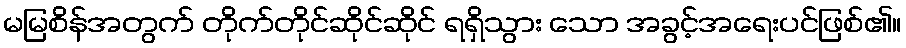
မမြစိန်အတွက် တိုက်တိုင်ဆိုင်ဆိုင် ရရှိသွား သော အခွင့်အရေးပင်ဖြစ်၏။